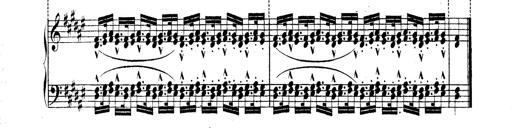
Title: Technische Studien
Composer: Franz Liszt